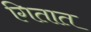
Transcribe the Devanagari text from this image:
गितात